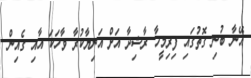
އޭނާ ބުނި ގޮތުގައި ފިރިމީހާ ރާޝިދާ އަށް އަނިޔާކުރާ ވާހަކަ އާއި ގެއިން